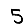
Digit: 5